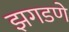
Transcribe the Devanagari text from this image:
झगडणे